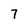
Character: 7